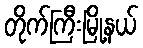
တိုက်ကြီးမြို့နယ်